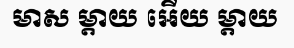
មាស ម្តាយ អើយ ម្តាយ